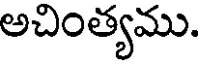
అచింత్యము.